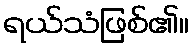
ရယ်သံဖြစ်၏။